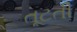
તૂટતી